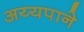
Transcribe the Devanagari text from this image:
अय्यपाने